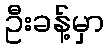
ဦးခန့်မှာ